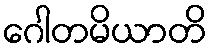
ဂေါတမိယာတိ